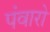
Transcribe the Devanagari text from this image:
पंवारो